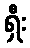
ရှီး